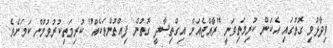
ވިދާޅުވި ގޮތުގައި އެކަން ކުރިމަތިވަނީ "ރާއްޖެއަށް އިގްތިސާދީ ގޮތުން ފިއްތުންތަކެއް" ކުރިމަތިކުރުވުމުން ކަމަށެވެ.